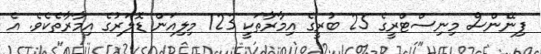
ފިނޭންސް މިނިސްޓްރީގެ 25 ބުރީގެ އިމާރާތަކީ 123 މިލިއަން ޑޮލަރުގެ އިމާރާތެކެވެ. އެ